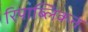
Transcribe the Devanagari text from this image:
रिपाब्लिकन